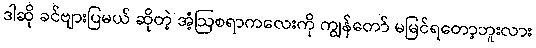
ဒါဆို ခင်ဗျားပြမယ် ဆိုတဲ့ အံ့ဩစရာကလေးကို ကျွန်တော် မမြင်ရတော့ဘူးလား